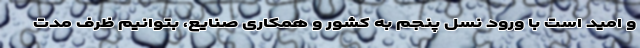
و امید است با ورود نسل پنجم به کشور و همکاری صنایع، بتوانیم ظرف مدت